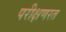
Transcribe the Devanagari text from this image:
परीक्षणरत